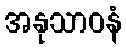
အနုသာဝနံ